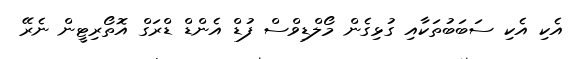
އެކި އެކި ސަބަބުތަކާއި ގުޅިގެން މޯލްޑިވްސް ފުޑް އެންޑް ޑްރަގް އޮތޯރިޓީން ނެރޭ